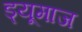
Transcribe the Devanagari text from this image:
ड्यूमाज